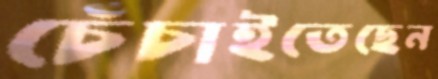
চেঁচাইতেছেন